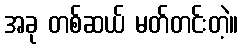
အခု တစ်ဆယ် မတ်တင်းတဲ့။